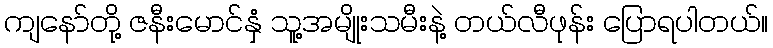
ကျနော်တို့ ဇနီးမောင်နှံ သူ့အမျိုးသမီးနဲ့ တယ်လီဖုန်း ပြောရပါတယ်။